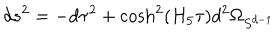
d s ^ { 2 } = - d \tau ^ { 2 } + \cosh ^ { 2 } ( H _ { 5 } \tau ) d ^ { 2 } \Omega _ { S ^ { d - 1 } }